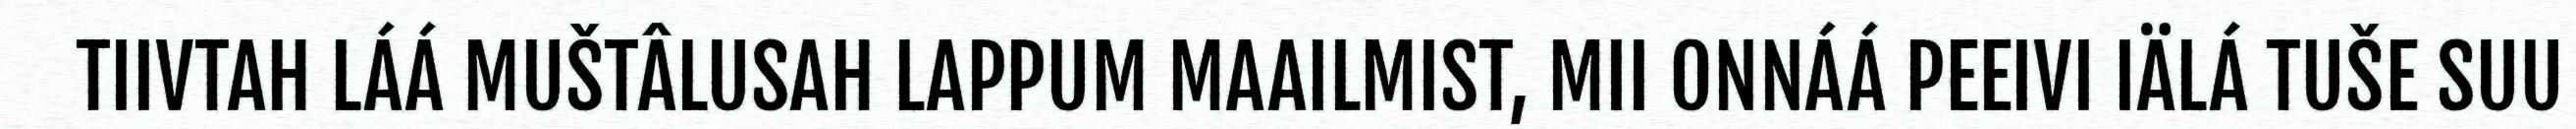
TIIVTAH LÁÁ MUŠTÂLUSAH LAPPUM MAAILMIST, MII ONNÁÁ PEEIVI IÄLÁ TUŠE SUU